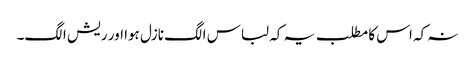
نہ کہ اس کا مطلب یہ کہ لباس الگ نازل ہوا اور ریش الگ۔